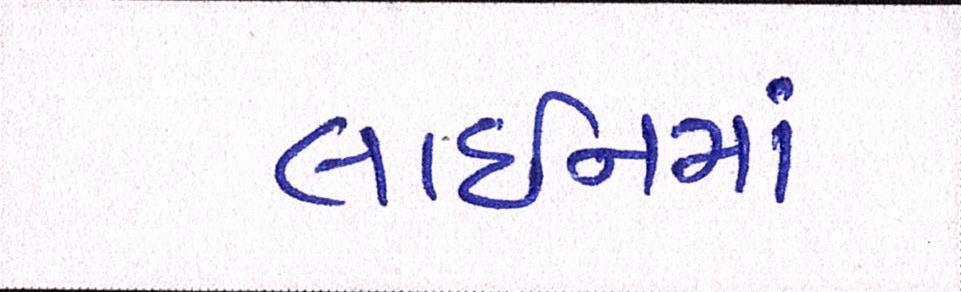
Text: લાઈનમાં